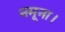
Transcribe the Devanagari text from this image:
नमूना।